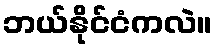
ဘယ်နိုင်ငံကလဲ။